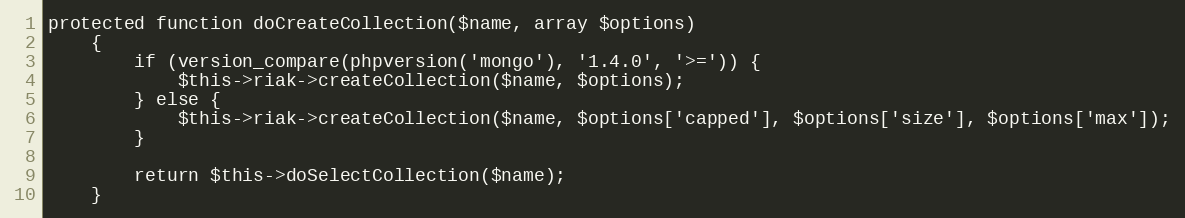
Language: PHP
protected function doCreateCollection($name, array $options)
    {
        if (version_compare(phpversion('mongo'), '1.4.0', '>=')) {
            $this->riak->createCollection($name, $options);
        } else {
            $this->riak->createCollection($name, $options['capped'], $options['size'], $options['max']);
        }

        return $this->doSelectCollection($name);
    }